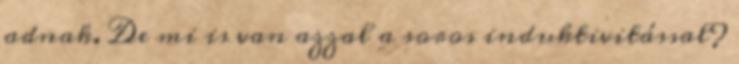
adnak. De mi is van azzal a soros induktivitással?